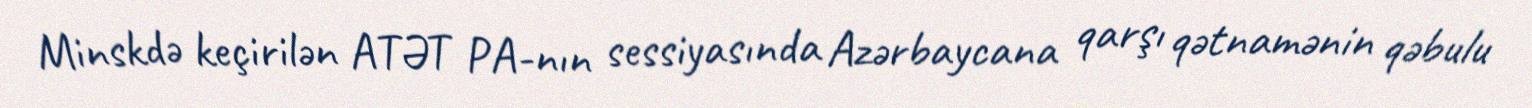
Minskdə keçirilən ATƏT PA-nın sessiyasında Azərbaycana qarşı qətnamənin qəbulu